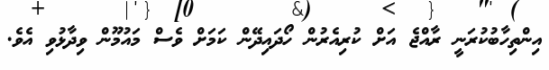
އިންތިހާބުކުރަނީ ރާއްޖެ އަށް ކުރިއެރުން ހޯދައިދޭން ކަމަށް ވެސް މައުމޫން ވިދާޅުވި އެވެ.